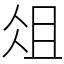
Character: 俎